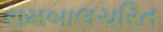
રામબાલચરિત